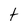
Character: t